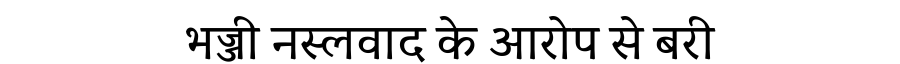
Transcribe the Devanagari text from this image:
भज्जी नस्लवाद के आरोप से बरी